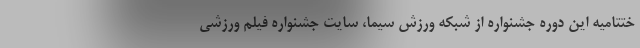
ختتامیه این دوره جشنواره از شبکه ورزش سیما، سایت جشنواره فیلم ورزشی